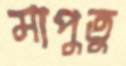
মাপুতু